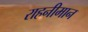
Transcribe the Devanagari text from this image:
राहनीमान